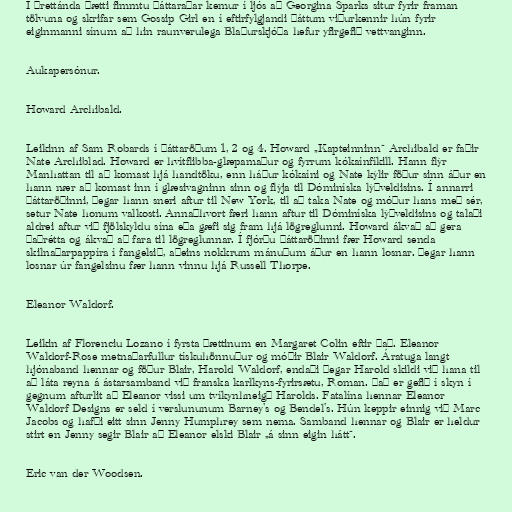
Í þrettánda þætti fimmtu þáttaraðar kemur í ljós að Georgina Sparks situr fyrir framan
tölvuna og skrifar sem Gossip Girl en í eftirfylgjandi þáttum viðurkennir hún fyrir
eiginmanni sínum að hin raunverulega Blaðurskjóða hefur yfirgefið vettvanginn.

Aukapersónur.

Howard Archibald.

Leikinn af Sam Robards í þáttaröðum 1, 2 og 4. Howard „Kapteinninn“ Archibald er faðir
Nate Archiblad. Howard er hvítflibba-glæpamaður og fyrrum kókaínfíkill. Hann flýr
Manhattan til að komast hjá handtöku, enn háður kókaíni og Nate kýlir föður sinn áður en
hann nær að komast inn í glæsivagninn sinn og flýja til Dóminíska lýðveldisins. Í annarri
þáttaröðinni, þegar hann sneri aftur til New York, til að taka Nate og móður hans með sér,
setur Nate honum valkosti. Annaðhvort færi hann aftur til Dóminíska lýðveldisins og talaði
aldrei aftur við fjölskyldu sína eða gæfi sig fram hjá lögreglunni. Howard ákvað að gera
þaðrétta og ákvað að fara til lögreglunnar. Í fjórðu þáttaröðinni fær Howard senda
skilnaðarpappíra í fangelsið, aðeins nokkrum mánuðum áður en hann losnar. Þegar hann
losnar úr fangelsinu fær hann vinnu hjá Russell Thorpe.

Eleanor Waldorf.

Leikin af Florenciu Lozano í fyrsta þættinum en Margaret Colin eftir það. Eleanor
Waldorf-Rose metnaðarfullur tískuhönnuður og móðir Blair Waldorf. Áratuga langt
hjónaband hennar og föður Blair, Harold Waldorf, endaði þegar Harold skildi við hana til
að láta reyna á ástarsamband við franska karlkyns-fyrirsætu, Roman. Það er gefið í skyn í
gegnum afturlit að Eleanor vissi um tvíkynhneigð Harolds. Fatalína hennar Eleanor
Waldorf Designs er seld í verslununum Barney's og Bendel's. Hún keppir einnig við Marc
Jacobs og hafði eitt sinn Jenny Humphrey sem nema. Samband hennar og Blair er heldur
stirt en Jenny segir Blair að Eleanor elski Blair „á sinn eigin hátt“.

Eric van der Woodsen.